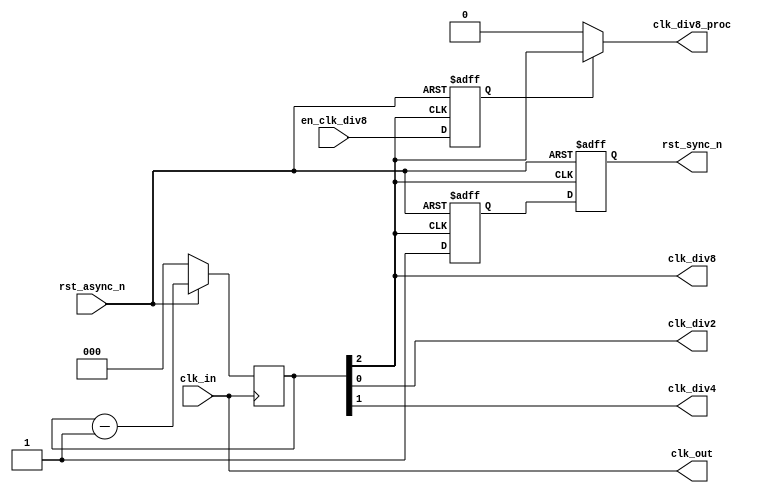
module clk_rst_mngr (
    input clk_in,
    input rst_async_n,
    input en_clk_div8,
    output rst_sync_n,
    output clk_out,
    output clk_div2,
    output clk_div4,
    output clk_div8,
    output clk_div8_proc
  );
reg [2:0] counter;
reg synch_rst_reg1_n, synch_rst_reg2_n;
reg en_clk_div8_reg;
always@(posedge clk_in)begin
  if(!rst_async_n)
     counter <= 0;
  else
     counter <= counter-1;
end
assign clk_out = clk_in;
assign clk_div2 = counter[0];
assign clk_div4 = counter[1];
assign clk_div8 = counter[2];
always@(posedge clk_div8, negedge rst_async_n)begin
  if(!rst_async_n)begin
      en_clk_div8_reg <= 0;
  end
  else begin
      en_clk_div8_reg <= en_clk_div8;
  end
end
assign clk_div8_proc = en_clk_div8_reg?counter[2]:1'b0;
always@(posedge clk_div8, negedge rst_async_n)begin
   if(!rst_async_n)begin
      synch_rst_reg1_n <= 1'b0;
      synch_rst_reg2_n <= 1'b0;
   end
   else begin
      synch_rst_reg1_n <= 1'b1;
      synch_rst_reg2_n <= synch_rst_reg1_n;
   end
end
assign rst_sync_n = synch_rst_reg2_n;
endmodule